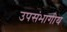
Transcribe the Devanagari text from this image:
उपसंभागीय